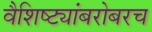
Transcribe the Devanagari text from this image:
वैशिष्ट्यांबरोबरच